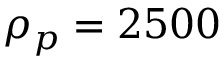
\rho _ { p } = 2 5 0 0